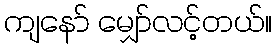
ကျနော် မျှော်လင့်တယ်။